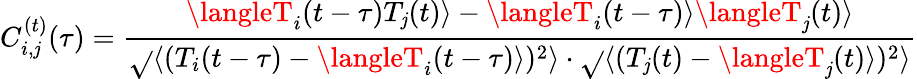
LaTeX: C_{i,\mathit{j}}^{(t)}(\tau)=\frac{{\langleT_{i}(t-\tau)T_{\mathit{j}}(t)\rangle-\langleT_{i}(t-\tau)\rangle\langleT_{\mathit{j}}(t)\rangle}}{{\sqrt{}{{\langle(T_{i}(t-\tau)-\langleT_{i}(t-\tau)\rangle)^{2}\rangle}}\cdot\sqrt{}{{\langle(T_{\mathit{j}}(t)-\langleT_{\mathit{j}}(t)\rangle)^{2}\rangle}}}}